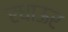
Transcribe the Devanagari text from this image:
रधाऊर